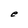
Character: e